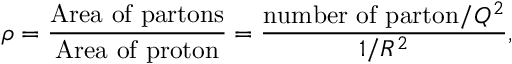
\rho = \frac { \mathrm { A r e a ~ o f ~ p a r t o n s } } { \mathrm { A r e a ~ o f ~ p r o t o n } } = \frac { \mathrm { n u m b e r ~ o f ~ p a r t o n } / Q ^ { 2 } } { 1 / R ^ { 2 } } ,